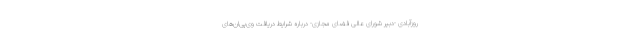
روزآبادی -دبیر شورای عالی فضای مجازی- درباره شرایط دریافت وی‌پی‌ان‌های